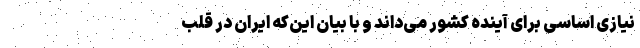
نیازی اساسی برای آینده کشور می‌داند و با بیان این‌که ایران در قلب